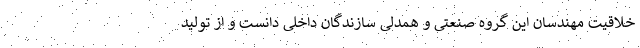
خلاقیت مهندسان این گروه صنعتی و همدلی سازندگان داخلی دانست و از تولید